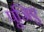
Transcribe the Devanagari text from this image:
पूजिए